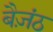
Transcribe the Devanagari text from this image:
बैज़ंठ